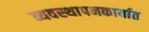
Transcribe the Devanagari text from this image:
व्यवस्थापनकार्यात